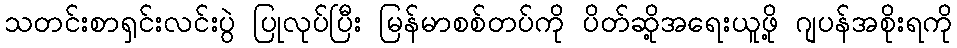
သတင်းစာရှင်းလင်းပွဲ ပြုလုပ်ပြီး မြန်မာစစ်တပ်ကို ပိတ်ဆို့အရေးယူဖို့ ဂျပန်အစိုးရကို